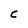
Character: C